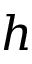
h